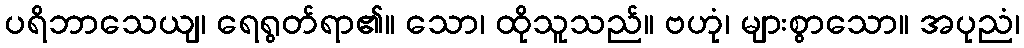
ပရိဘာသေယျ၊ ရေရွတ်ရာ၏။ သော၊ ထိုသူသည်။ ဗဟုံ၊ များစွာသော။ အပုညံ၊